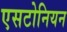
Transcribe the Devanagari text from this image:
एसटोनियन